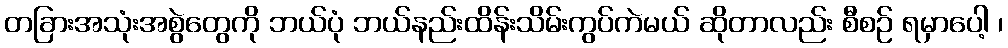
တခြားအသုံးအစွဲတွေကို ဘယ်ပုံ ဘယ်နည်းထိန်းသိမ်းကွပ်ကဲမယ် ဆိုတာလည်း စီစဉ် ရမှာပေါ့ ၊